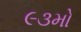
૯૩મો